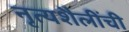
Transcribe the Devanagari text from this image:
नृत्यशैलींची